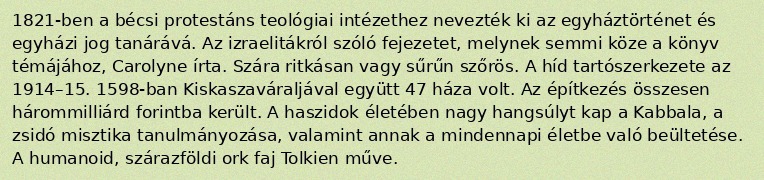
1821-ben a bécsi protestáns teológiai intézethez nevezték ki az egyháztörténet és egyházi jog tanárává. Az izraelitákról szóló fejezetet, melynek semmi köze a könyv témájához, Carolyne írta. Szára ritkásan vagy sűrűn szőrös. A híd tartószerkezete az 1914–15. 1598-ban Kiskaszaváraljával együtt 47 háza volt. Az építkezés összesen hárommilliárd forintba került. A haszidok életében nagy hangsúlyt kap a Kabbala, a zsidó misztika tanulmányozása, valamint annak a mindennapi életbe való beültetése. A humanoid, szárazföldi ork faj Tolkien műve.